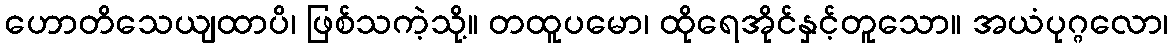
ဟောတိသေယျထာပိ၊ ဖြစ်သကဲ့သို့။ တထူပမော၊ ထိုရေအိုင်နှင့်တူသော။ အယံပုဂ္ဂလော၊